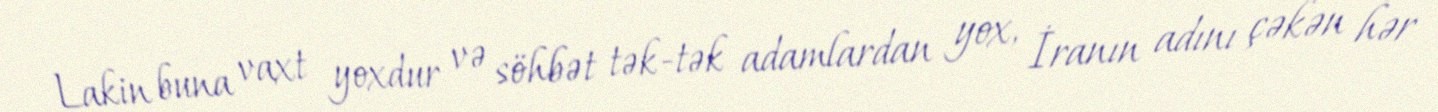
Lakin buna vaxt yoxdur və söhbət tək-tək adamlardan yox, İranın adını çəkən hər